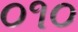
૦૧૦